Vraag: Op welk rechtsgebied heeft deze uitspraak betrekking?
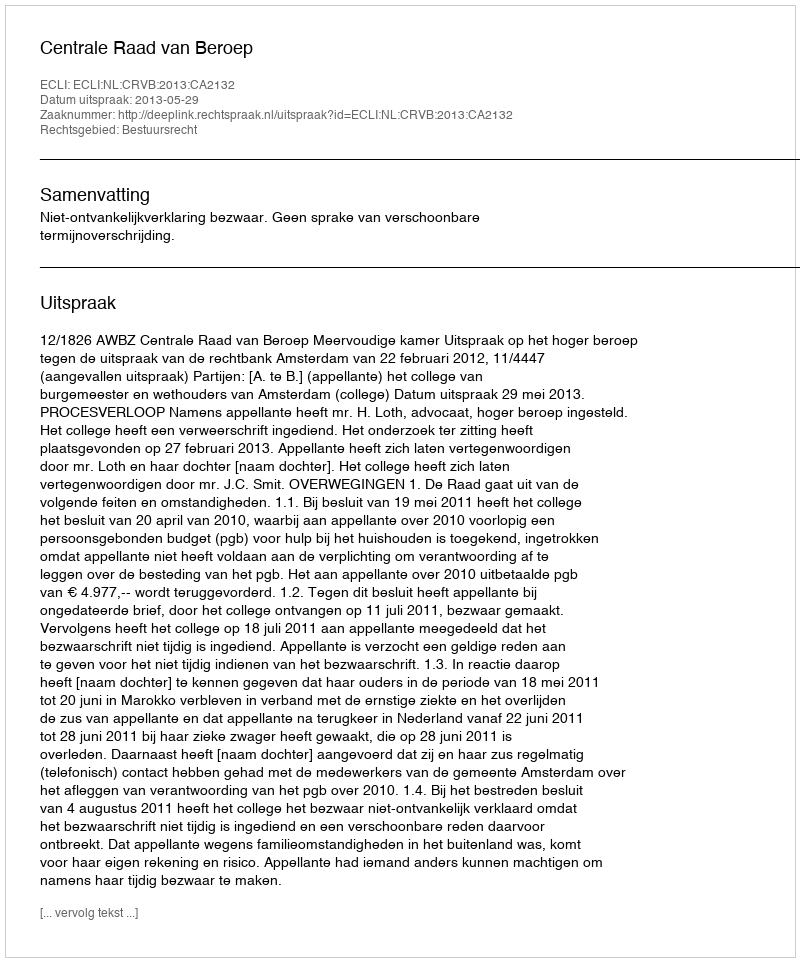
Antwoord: Bestuursrecht